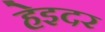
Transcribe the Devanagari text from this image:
हेइदर